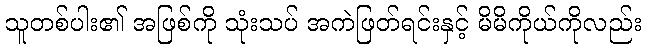
သူတစ်ပါး၏ အဖြစ်ကို သုံးသပ် အကဲဖြတ်ရင်းနှင့် မိမိကိုယ်ကိုလည်း